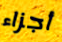
أجزاء